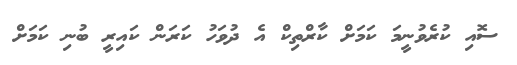
ސޮއި ކުރެވުނީމަ ކަމަށް ކާރްތިކް އެ ދުވަހު ކަރަން ކައިރީ ބުނި ކަމަށް